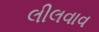
લીલવાવ